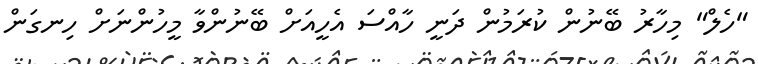
"ހެލް" މިހާރު ބޭނުން ކުރަމުން ދަނީ ހާއްސަ އެހީއަށް ބޭނުންވާ މީހުންނަށް ހިނގަން